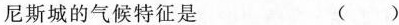
尼斯城的气候特征是 ( )